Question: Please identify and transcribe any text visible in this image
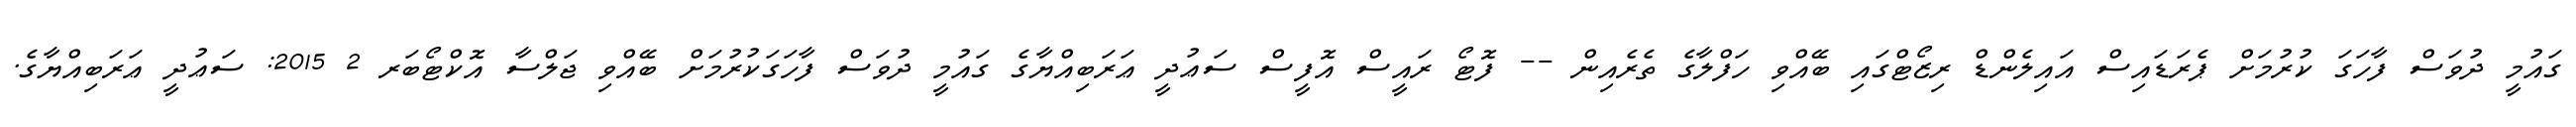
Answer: ގައުމީ ދުވަސް ފާހަގަ ކުރުމަށް ޕެރަޑައިސް އައިލެންޑް ރިޒޯޓްގައި ބޭއްވި ހަފްލާގެ ތެރެއިން -- ފޮޓޯ ރައީސް އޮފީސް ސަޢުދީ ޢަރަބިއްޔާގެ ގައުމީ ދުވަސް ފާހަގަކުރުމަށް ބޭއްވި ޖަލްސާ އޮކްޓޯބަރ 2 2015: ސަޢުދީ ޢަރަބިއްޔާގެ.